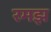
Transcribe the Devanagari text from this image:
रमझ